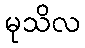
မုသိလ